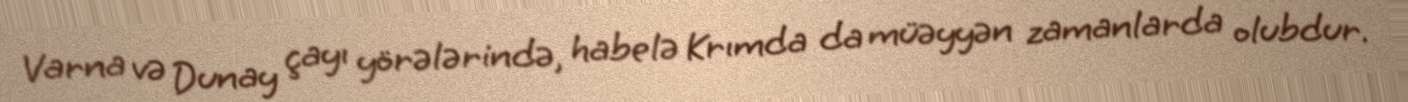
Varna və Dunay çayı yörələrində, habelə Krımda da müəyyən zamanlarda olubdur.